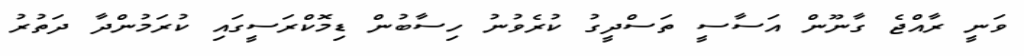
ވަނީ ރާއްޖެ ގާނޫން އަސާސީ ތަސްދީގު ކުރެވުނު ހިސާބުން ޑިމޮކްރަސީގައި ކުރަމުންދާ ދަތުރު